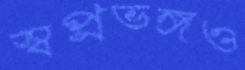
স্বপ্নভঙ্গও